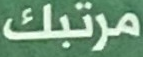
مرتبك